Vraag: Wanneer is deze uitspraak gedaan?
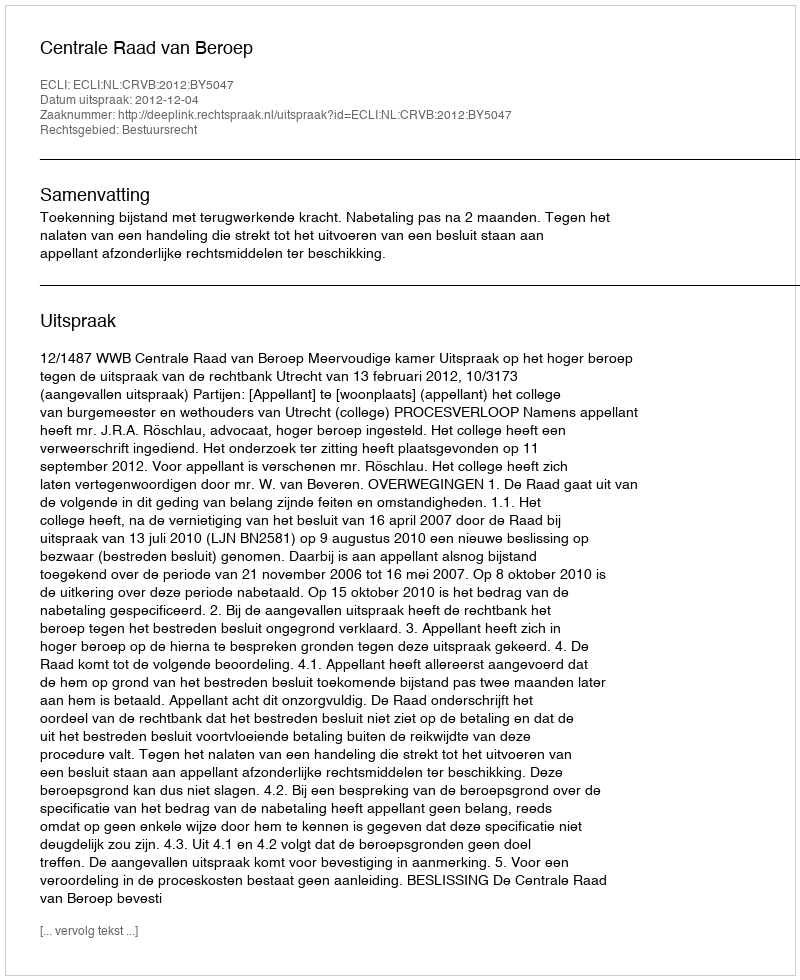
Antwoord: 2012-12-04